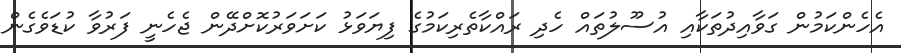
އެހެންކަމުން ގަވާއިދުތަކާއި އުސޫލުތައް ހެދި ރައްކާތެރިކަމުގެ ފިޔަވަޅު ކަށަވަރުކޮށްދޭން ޖެހެނީ ފަރުވާ ކުޑަވެގެން